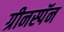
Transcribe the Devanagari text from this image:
ग्रीनस्पॅन